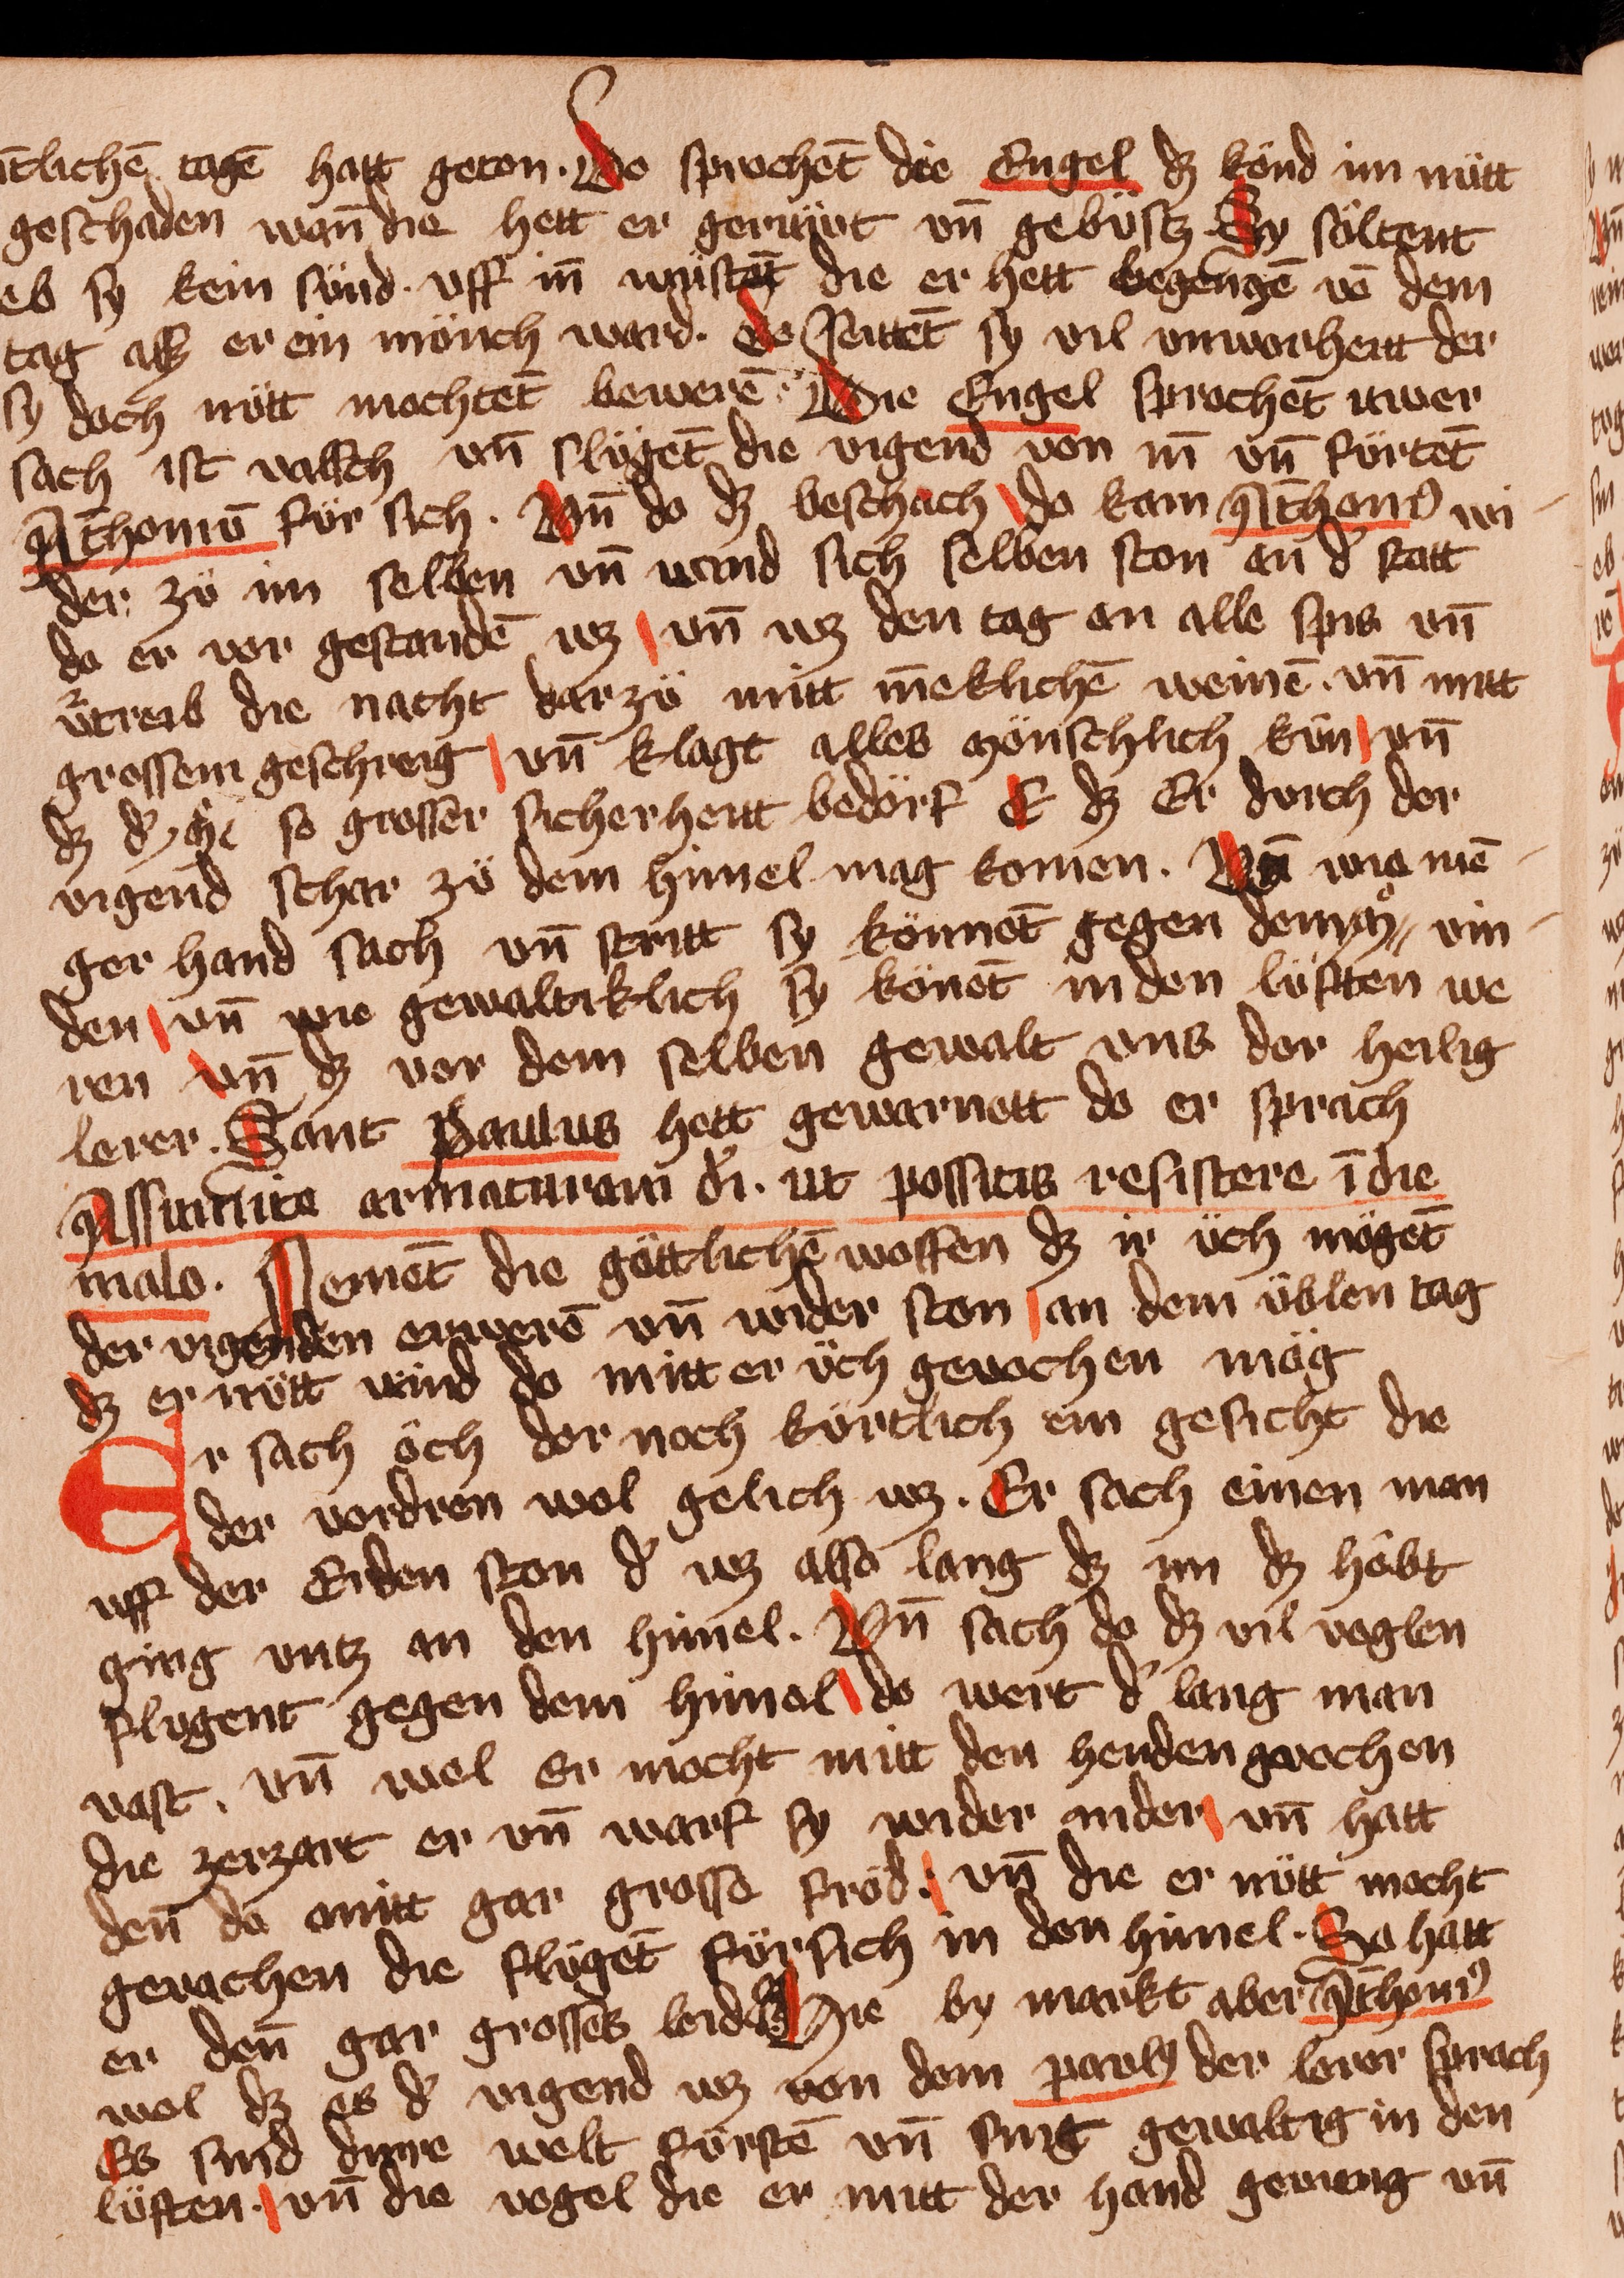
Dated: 1400–1449